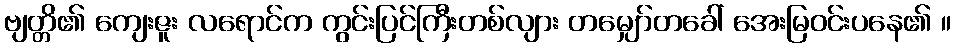
ဗျတ္တိ၏ ကျေးဇူး လရောင်က ကွင်းပြင်ကြီးတစ်လျား တမျှော်တခေါ် အေးမြဝင်းပနေ၏ ။